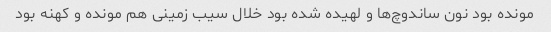
مونده بود نون ساندوچ‌ها و لهیده شده بود خلال سیب زمینی هم مونده و کهنه بود